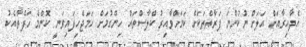
އެދާއިރާއަށް އަލަށް ނުކުންނަ ފަރާތްތަކަށް ކަމަށްވާއިރު ކްލާސްތައް ހިންގުމަށް ހަމަޖެހިފައިވަނީ ކޮންމެ ހަފްތާއެކު